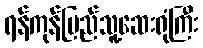
ရန်ကုန်ပြည်သူ့ဆေးရုံကြီး